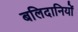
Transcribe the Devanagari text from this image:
बलिदानियों